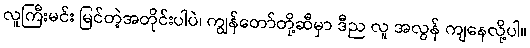
လူကြီးမင်း မြင်တဲ့အတိုင်းပါပဲ၊ ကျွန်တော်တို့ဆီမှာ ဒီည လူ အလွန် ကျနေလို့ပါ။